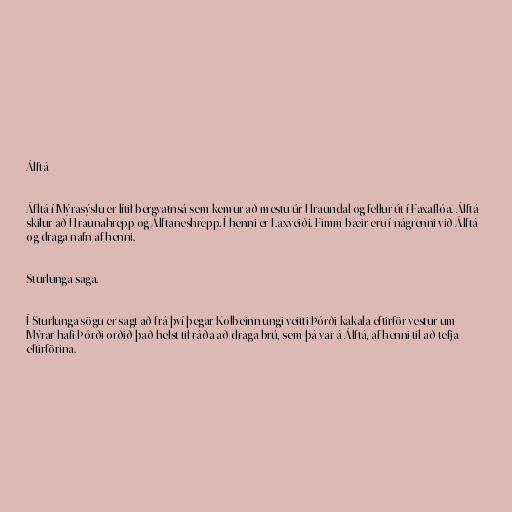
Álftá

Áfltá í Mýrasýslu er lítil bergvatnsá sem kemur að mestu úr Hraundal og fellur út í Faxaflóa. Álftá
skilur að Hraunahrepp og Álftaneshrepp. Í henni er Laxveiði. Fimm bæir eru í nágrenni við Álftá
og draga nafn af henni.

Sturlunga saga.

Í Sturlunga sögu er sagt að frá því þegar Kolbeinn ungi veitti Þórði kakala eftirför vestur um
Mýrar hafi Þórði orðið það helst til ráða að draga brú, sem þá var á Álftá, af henni til að tefja
eftirförina.